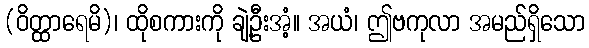
(ဝိတ္ထာရေမိ)၊ ထိုစကားကို ချဲ့ဦးအံ့။ အယံ၊ ဤဗကုလာ အမည်ရှိသော